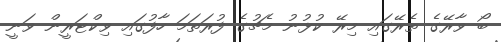
ބޯ ވާރޭގެ ތެރޭގައި މިރޭ ކުޅުނު މެޗުގެ ފުރަތަމަ ހާފުގައި ވިކްޓަރީން ވަނީ